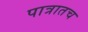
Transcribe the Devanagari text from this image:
पात्रातच